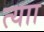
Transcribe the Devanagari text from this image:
त्याा